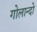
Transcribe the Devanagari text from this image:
गोलान्दो